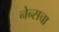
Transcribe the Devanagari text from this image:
नेन्सचा